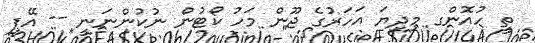
ތީ ހުއޮންގ މިދިޔަ އަހަރުގެ ޖޫން މަހު ކޯޓުން ނުކުންނަނީ -- އޭޕީ